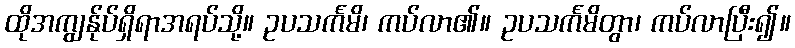
ထိုအကျွန်ုပ်ရှိရာအရပ်သို့။ ဥပသင်္ကမိ၊ ကပ်လာ၏။ ဥပသင်္ကမိတွာ၊ ကပ်လာပြီး၍။